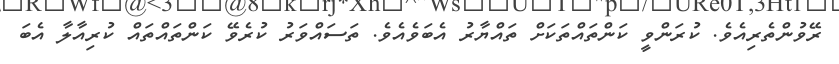
ރޭވުންތެރިއެވެ. ކުރަންވީ ކަންތައްތަކަށް ތައްޔާރު އެބަވެއެވެ. ތަސައްވަރު ކުރެވޭ ކަންތައްތައް ކުރިއާލާ އެބަ